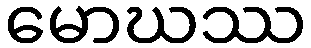
မောဃဿ